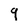
Character: 9